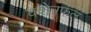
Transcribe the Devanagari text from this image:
क्शेत्रफल